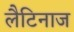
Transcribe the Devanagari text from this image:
लैटिनाज